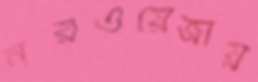
নরওয়েজীয়